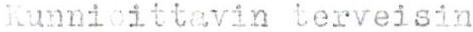
Kunnioittavin terveisin